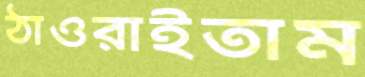
ঠাওরাইতাম